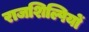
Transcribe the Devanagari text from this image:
राजशिल्पियों